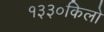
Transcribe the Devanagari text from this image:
१३३०किलो